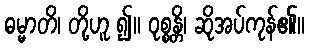
ဓမ္မာတိ၊ တို့ဟူ ၍။ ဝုစ္စန္တိ၊ ဆိုအပ်ကုန်၏။